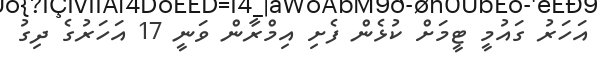
އަހަރު ގައުމީ ޓީމަށް ކުޅެން ފެށި އިމްރާން ވަނީ 17 އަހަރުގެ ދިގު